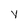
Character: y